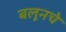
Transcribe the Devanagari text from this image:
बलूनचे